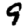
Digit: 9